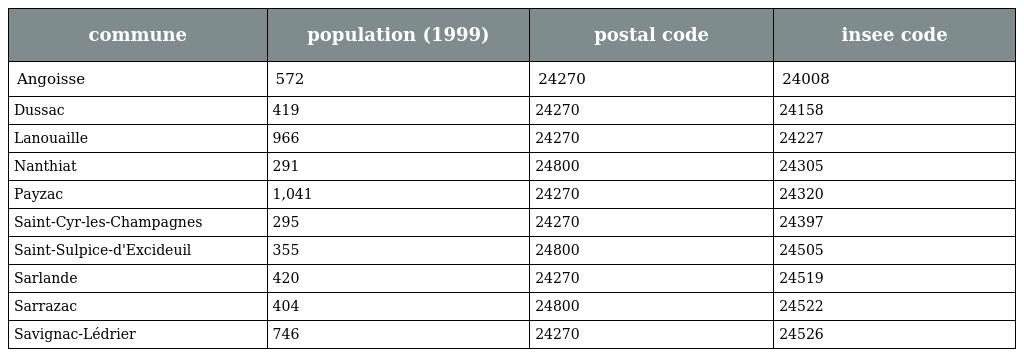
| commune | population (1999) | postal code | insee code |
 | --- | --- | --- | --- |
 | Angoisse | 572 | 24270 | 24008 |
 | Dussac | 419 | 24270 | 24158 |
 | Lanouaille | 966 | 24270 | 24227 |
 | Nanthiat | 291 | 24800 | 24305 |
 | Payzac | 1,041 | 24270 | 24320 |
 | Saint-Cyr-les-Champagnes | 295 | 24270 | 24397 |
 | Saint-Sulpice-d'Excideuil | 355 | 24800 | 24505 |
 | Sarlande | 420 | 24270 | 24519 |
 | Sarrazac | 404 | 24800 | 24522 |
 | Savignac-Lédrier | 746 | 24270 | 24526 |